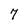
Character: 7